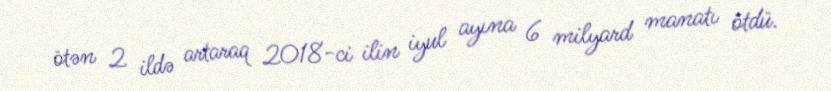
ötən 2 ildə artaraq 2018-ci ilin iyul ayına 6 milyard manatı ötdü.